Senior Leaving Certificate Examination (including Day School Certificate (Higher) General paper), 1949
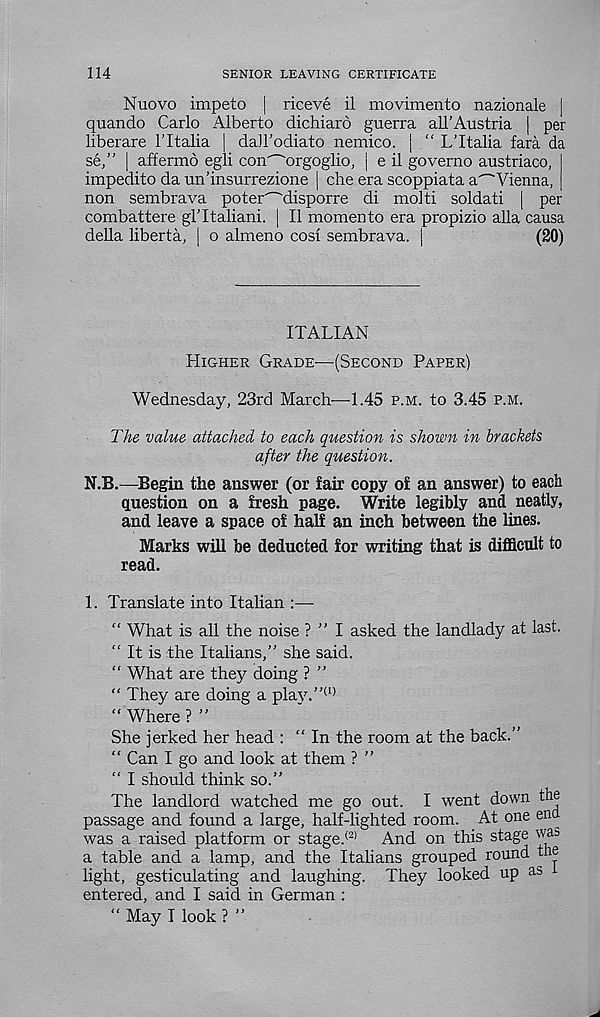
114
SENIOR LEAVING CERTIFICATE
Nuovo impeto | riceve il movimento nazionale |
quando Carlo Alberto dichiaro guerra all’Austria | per
liberare 1’Italia | dall’odiato nemico. [ “ L’ltalia fara da
se,” | affermo egli condorgoglio, | e il governo austriaco,
impedito da un’insurrezione | che era scoppiata a'~'Vienna,
non sembrava poter^disporre di molti soldati | per
combattere gl’Italian!. | Il xnomento era propizio alia causa
della liberta, | o almeno cosi sembrava. |
(20)
ITALIAN
Higher Grade—(Second Paper)
Wednesday, 23rd March—1.45 p.m. to 3.45 p.m.
The value attached to each question is shown in brackets
after the question.
N.B.—Begin the answer (or fair copy of an answer) to each
question on a fresh page. Write legibly and neatly,
and leave a space of half an inch between the lines.
Marks will be deducted for writing that is difficult to
read.
1. Translate into Italian :—
“ What is all the noise ? ” I asked the landlady at last.
“ It is the Italians,” she said.
“ What are they doing ? ”
“ They are doing a plav.” (I)
“ Where ? ”
She jerked her head : "In the room at the back.”
“ Can I go and look at them ? ”
“ I should think so.”
The landlord watched me go out. I went down the
passage and found a large, half-lighted room. At one end
was a raised platform or stage. (2)
And on this stage was
a table and a lamp, and the Italians grouped round the
light, gesticulating and laughing. They looked up as
entered, and I said in German :
“ May I look ? ”